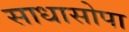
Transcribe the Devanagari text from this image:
साधासोपा